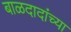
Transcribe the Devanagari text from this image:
बाळदादांच्या